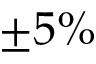
\pm 5 \%